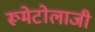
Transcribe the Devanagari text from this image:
रूमेटोलाजी